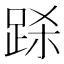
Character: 𲃞